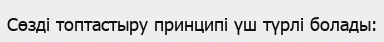
Сөзді топтастыру принципі үш түрлі болады: